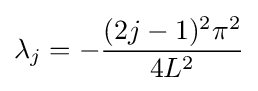
\lambda _{j}=-{\frac {(2j-1)^{2}\pi ^{2}}{4L^{2}}}